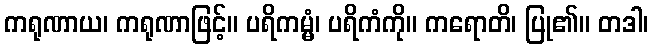
ကရုဏာယ၊ ကရုဏာဖြင့်။ ပရိကမ္မံ၊ ပရိကံကို။ ကရောတိ၊ ပြု၏။ တဒါ၊